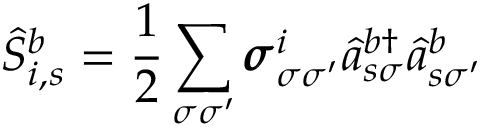
\hat { S } _ { i , s } ^ { b } = \frac { 1 } { 2 } \sum _ { \sigma \sigma ^ { \prime } } \pmb { \sigma } _ { \sigma \sigma ^ { \prime } } ^ { i } \hat { a } _ { s \sigma } ^ { b \dagger } \hat { a } _ { s \sigma ^ { \prime } } ^ { b }